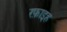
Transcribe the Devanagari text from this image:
रफ़ाइह